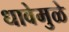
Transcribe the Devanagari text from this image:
धावेमुळे